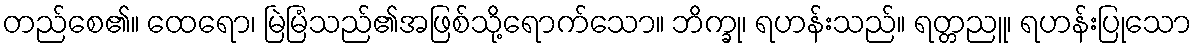
တည်စေ၏။ ထေရော၊ မြဲမြံသည်၏အဖြစ်သို့ရောက်သော။ ဘိက္ခု၊ ရဟန်းသည်။ ရတ္တညူ၊ ရဟန်းပြုသော